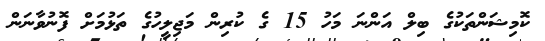
ކޮމިޝަންތަކުގެ ބިލް އަންނަ މަހު 15 ގެ ކުރިން މަޖިލީހުގެ ތަޅުމަށް ފޮނުވާނަން